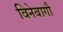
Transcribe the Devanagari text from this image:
विनेबागौ